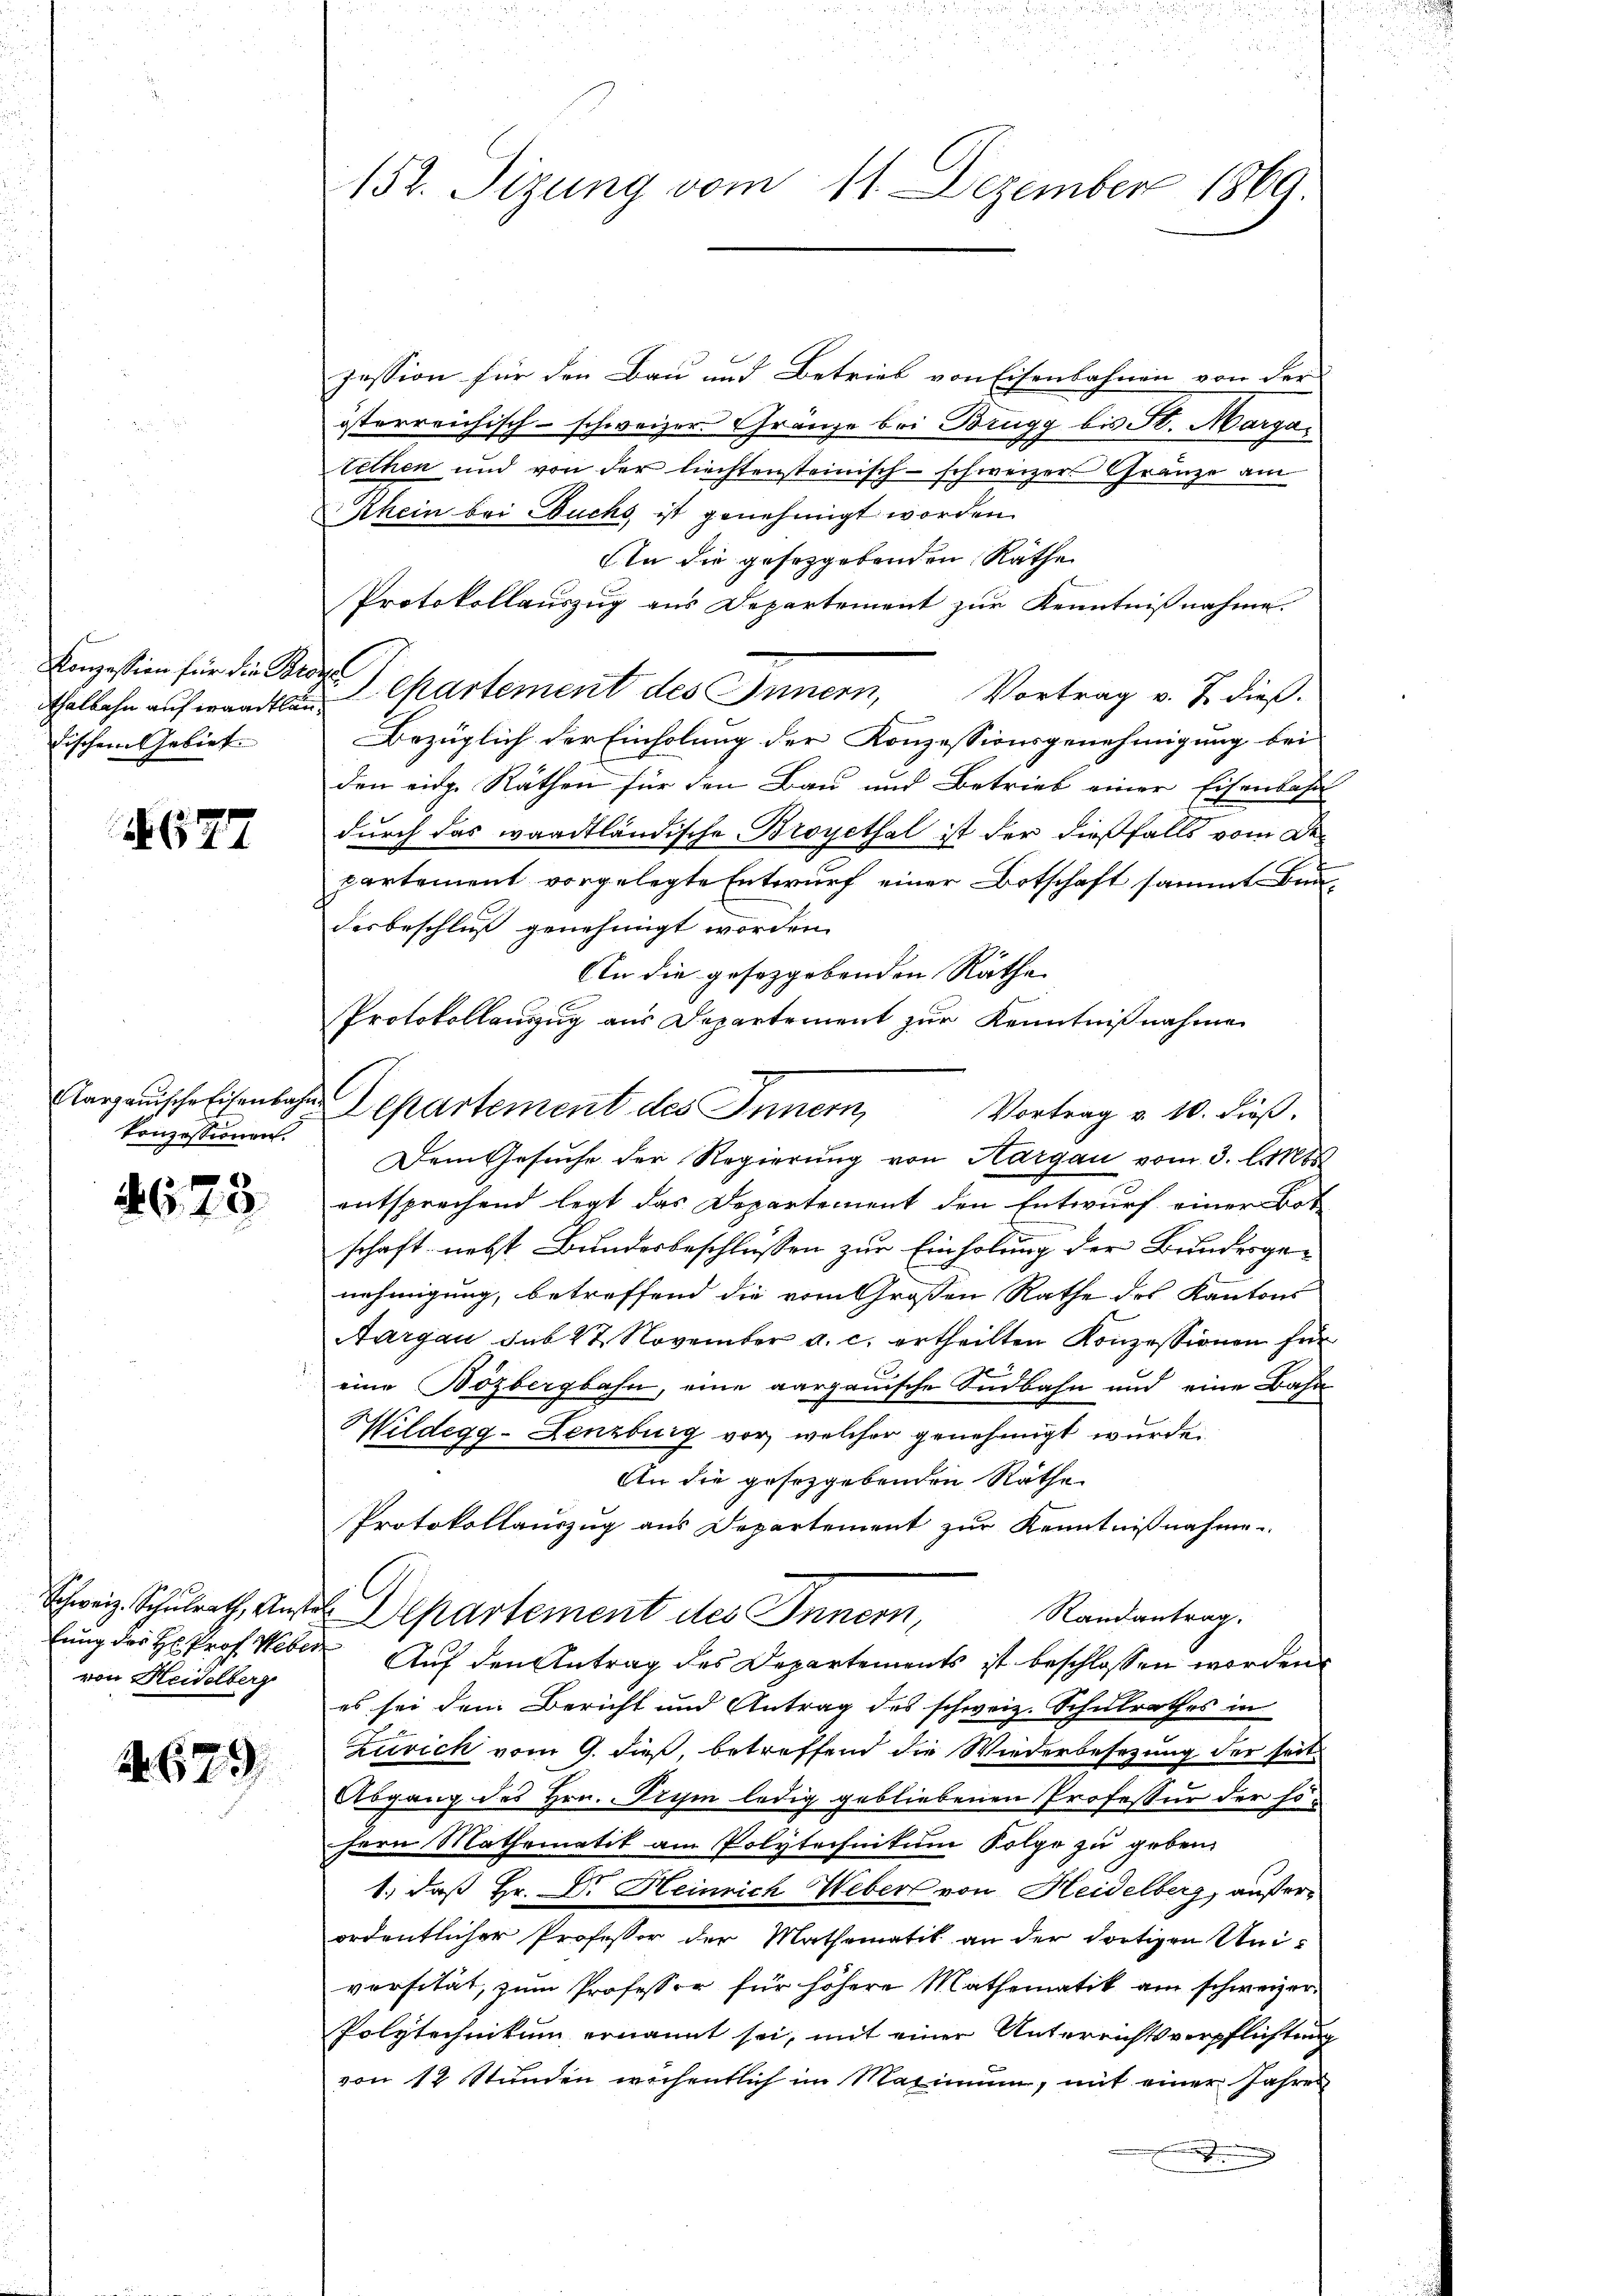
Konzession für die Bede
dischen Gebiet.

4677

Aargauische Eisenbahn
konzessionen.

4673.

von Heidelberg

1673

152. Sizung vom 11. Dezember 1869.

n

jession für den Bau und Betrieb von Eisenbahnen von der
österreichisch-schweizer. Gränze bei Brugg bis St. Margatethen und von der liechtensteinisch-schweizers Gränze am
Rhein bei Buchs ist genehmigt worden.
An die gesetzgebenden Räthe
Protokollauszug aus Departement zur Kenntnißnahme.
Thalbahn aufwandler Cartement des Innern, Vortrag v. J. dieß.
Bezüglich der Einholung der Konzessionsgenehmigung bei
den eidg. Räthen für den Bau und Betrieb einer Eisenbahn
durch das waadtländische Broyethal ist der dießfalls vom Departement vorgelegte Entwurf einer Botschaft sammt Bau-
derbeschluß genehmigt worden.
An die gesezgebenden Räthe
Protokollauszug aus Departement zur Kenntnißnahme
¬
Departement des Innern,
Vortrag v. 10. Fuß.
Dem Gesuche der Regierung von Aargau vom 3. A
entsprechend legt das Departement den Entwurf einer Bot
schaft nebst Bundesbeschlüssen zur Einholung der Bundesgenehmigung, betreffend die vom Großen Rathe des Kantons
Aargau sub 27. November a. c. ertheilten Konzessionen für
eine Bözbergbahn, eine aargauische Südbahn und eine Bahn
Mildegg - Lenzburg vor, welcher genehmigt wurde.
An die gesetzgebenden Räthe
Protokollauszug aus Departement zur Kenntnißnahme
Schweiz. Schulrath, aus Departement des Innern,
Randantrag.
lung der H. Prof. Weber Auf den Antrag des Departements ist beschlossen worden.
es sei dem Bericht und Antrag des schweiz. Schulrathes in
Zürich vom 9. dieß, betreffend die Wiederbesezung der seit
Abgang des Hrn. Prose ledig gebliebenen Professur der sohern Mathematik am Polytechnikum Folge zu geben.
1., daß Hr. Dr. Heinrich Webers von Heidelberg, außerordentlicher Professor der Mathematik an der dortigen Universität, zum Professor für höhere Mathematik am schweizer¬
Polytechnikum ernannt sei, mit einer Unterrichtsverpflichtung
von 12 Stunden wichentlich im Maximum, mit einer Jahres